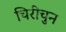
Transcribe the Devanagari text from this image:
चिरीचुन